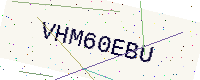
Text: VHM60EBU